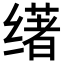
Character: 𬙅